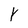
Character: Y